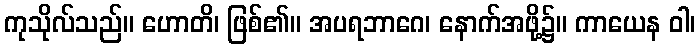
ကုသိုလ်သည်။ ဟောတိ၊ ဖြစ်၏။ အပရဘာဂေ၊ နောက်အဖို့၌။ ကာယေန ဝါ၊